system: You are a helpful assistant.
user:
Analyze the provided spectrum to determine if it is a **M-type Giant (gM)**.

A M-type Giant spectrum is defined by its **strong molecular absorption** features, particularly from **Titanium Oxide (TiO)**. You must check for one of the following mutually exclusive signatures:

- **Key Visual Indicators (Absorption-Dominated Spectrum):**

    - **(Primary):** The spectrum is dominated by strong molecular absorption from **Titanium Oxide (TiO)**. This is the **defining feature** of its M-type temperature class.
        - **(Key Bandheads):** Look for sharp, "saw-tooth" absorption valleys. The strongest are located near **~7050 Å**, **~6160 Å**, and **~5170 Å**.
        - **(Line Profile):** The "saw-tooth" morphology is critical: a **sharp, steep drop on the BLUE (short-wavelength) side** of the bandhead, followed by a gradual recovery (rising flux) towards the RED (long-wavelength) side.

    - **(Key Confirmation - Giant vs. Dwarf):** **ABSENCE** of strong **Calcium Hydride (CaH)** molecular bands. This is the primary diagnostic for *excluding* M-dwarfs.
        - **(Key Region):** The spectrum should lack the strong, broad absorption band seen in dwarfs between **~6800 Å and ~7000 Å**.

    - **(Secondary Confirmation - Giant):** A very strong and broad **Neutral Calcium (Ca I)** atomic absorption line.
        - **(Key Line):** Located at **~4226 Å**. In a giant (gM), this line is significantly deeper and broader than the same line in an M-dwarf (dM) due to low surface gravity.

    - **(Overall Spectrum):**
        - The continuum is **extremely red-sloping** (i.e., flux is very low in the blue and rises dramatically towards the red).
        - The entire spectrum appears "chopped up" by the deep TiO bands.

Think first, call **spectral_visualization_tool** if needed to examine features in detail, then provide your final answer. Your response must adhere to the following strict rules:
1.  **Overall Structure:** Your response must follow the format `<think>...</think> <tool_call>...</tool_call> (if a tool is used) <answer>...</answer>`.
2.  **Tool Usage Constraint:** You may only make **one** tool call per turn.
3.  **Final Answer Format:** In the `<answer>` tag, your conclusion must be inside a `\boxed{}` command (e.g., `\boxed{YES}` or `\boxed{NO}`), followed by your justification.

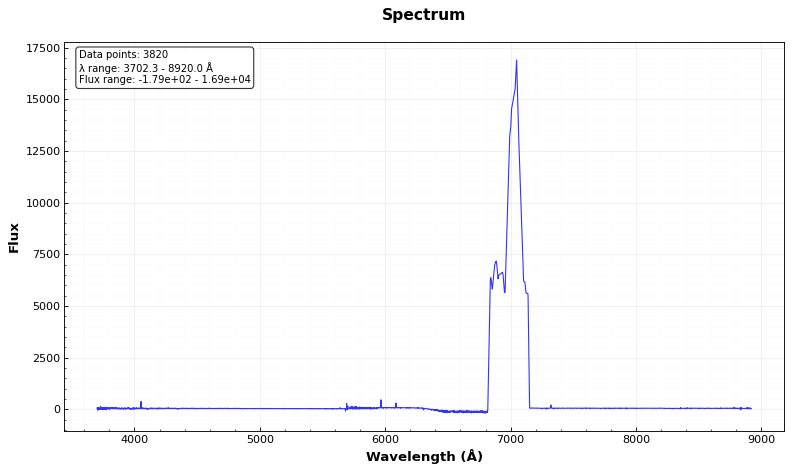
Answer: NO